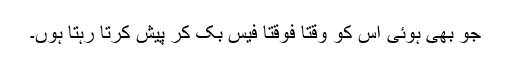
جو بھی ہوئی اس کو وقتاََ فوقتاََ فیس بُک کر پیش کرتا رہتا ہُوں۔